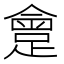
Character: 𨂮